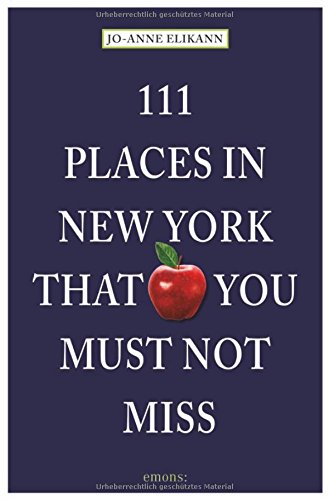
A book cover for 111 Places in New York That You Must Not Miss; Jo-Anne Elikann; Travel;